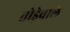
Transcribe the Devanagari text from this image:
तोड़ेवाले